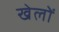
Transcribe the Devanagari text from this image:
खेलोें